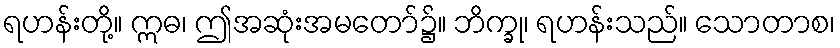
ရဟန်းတို့။ ဣဓ၊ ဤအဆုံးအမတော်၌။ ဘိက္ခု၊ ရဟန်းသည်။ သောတာစ၊